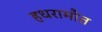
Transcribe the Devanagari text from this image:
हधरामौत